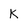
Character: K